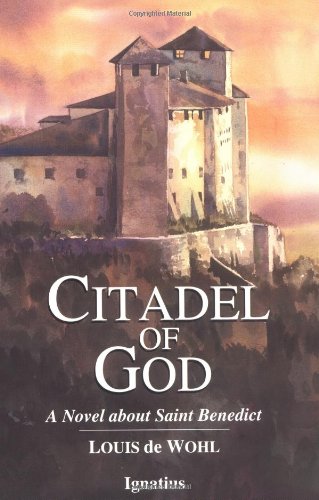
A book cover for Citadel of God: A Novel about Saint Benedict; Louis de Wohl; Religion & Spirituality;